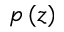
p \left( z \right)